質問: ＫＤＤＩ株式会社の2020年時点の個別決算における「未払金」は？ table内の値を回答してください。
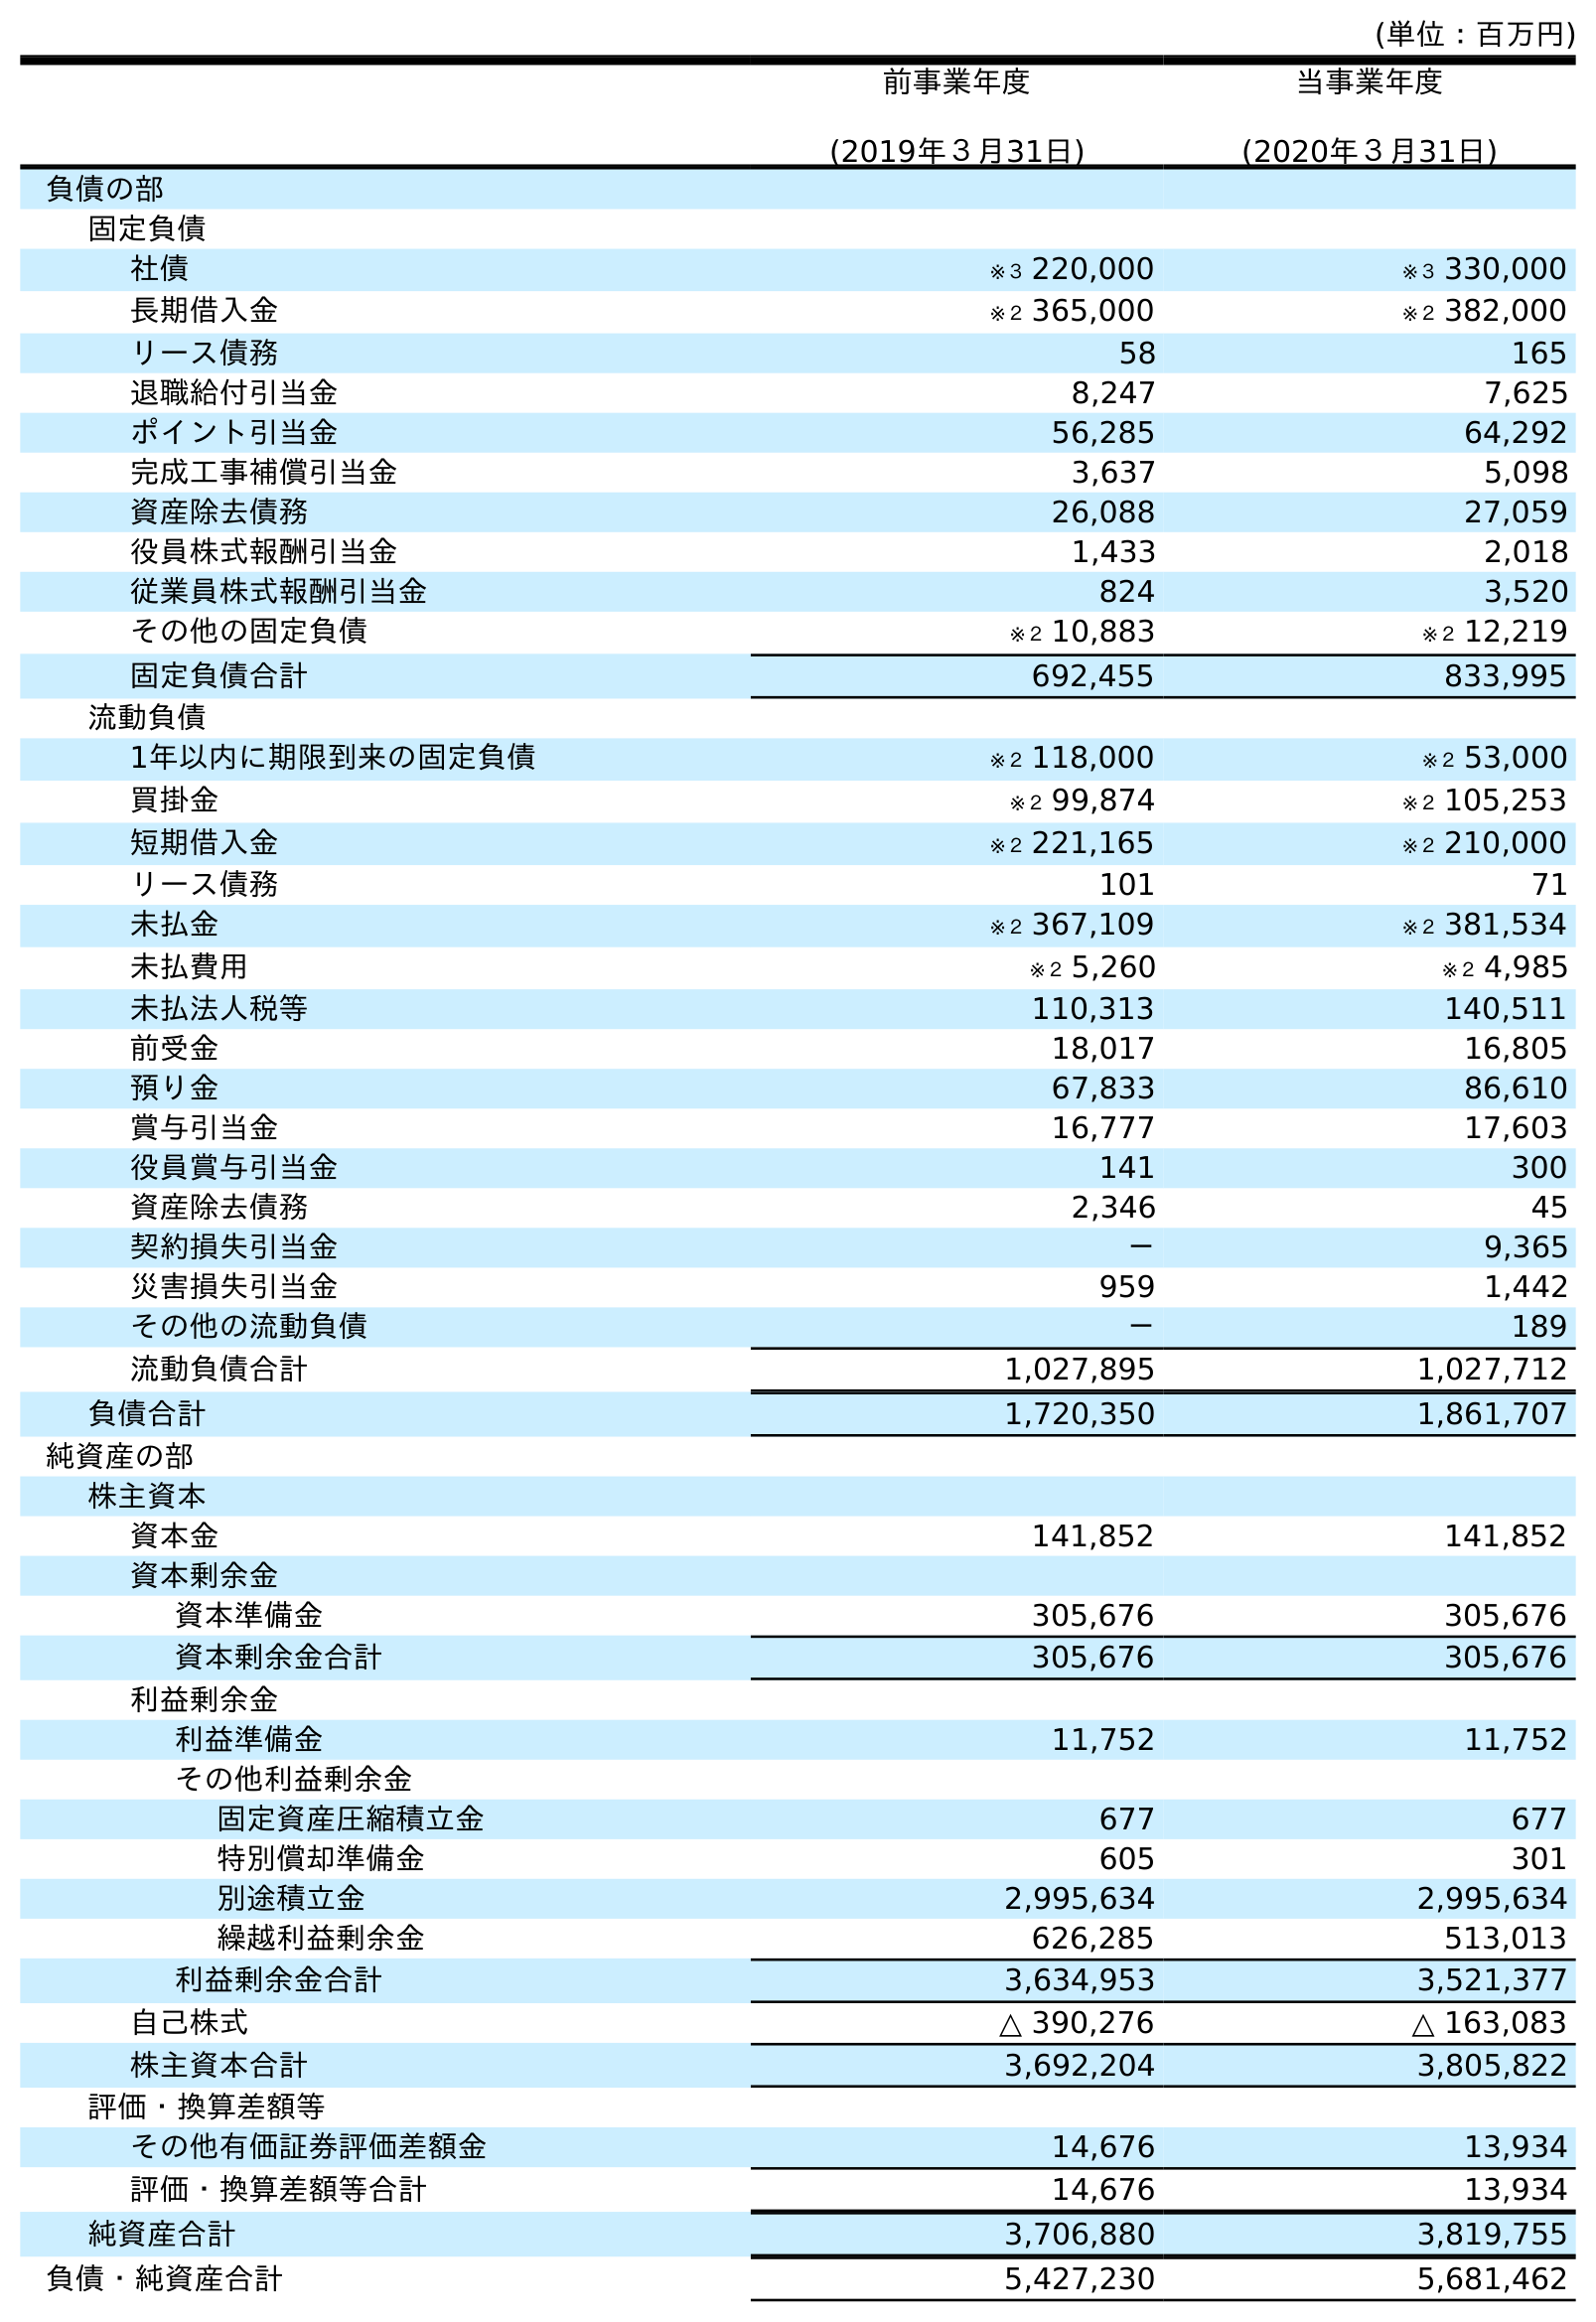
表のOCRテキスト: (単位：百万円) 前事業年度 (2019年３月31日) 当事業年度 (2020年３月31日) 負債の部 固定負債 社債 ※３ 220,000 ※３ 330,000 長期借入金 ※２ 365,000 ※２ 382,000 リース債務 58 165 退職給付引当金 8,247 7,625 ポイント引当金 56,285 64,292 完成工事補償引当金 3,637 5,098 資産除去債務 26,088 27,059 役員株式報酬引当金 1,433 2,018 従業員株式報酬引当金 824 3,520 その他の固定負債 ※２ 10,883 ※２ 12,219 固定負債合計 692,455 833,995 流動負債 1年以内に期限到来の固定負債 ※２ 118,000 ※２ 53,000 買掛金 ※２ 99,874 ※２ 105,253 短期借入金 ※２ 221,165 ※２ 210,000 リース債務 101 71 未払金 ※２ 367,109 ※２ 381,534 未払費用 ※２ 5,260 ※２ 4,985 未払法人税等 110,313 140,511 前受金 18,017 16,805 預り金 67,833 86,610 賞与引当金 16,777 17,603 役員賞与引当金 141 300 資産除去債務 2,346 45 契約損失引当金 － 9,365 災害損失引当金 959 1,442 その他の流動負債 － 189 流動負債合計 1,027,895 1,027,712 負債合計 1,720,350 1,861,707 純資産の部 株主資本 資本金 141,852 141,852 資本剰余金 資本準備金 305,676 305,676 資本剰余金合計 305,676 305,676 利益剰余金 利益準備金 11,752 11,752 その他利益剰余金 固定資産圧縮積立金 677 677 特別償却準備金 605 301 別途積立金 2,995,634 2,995,634 繰越利益剰余金 626,285 513,013 利益剰余金合計 3,634,953 3,521,377 自己株式 △ 390,276 △ 163,083 株主資本合計 3,692,204 3,805,822 評価・換算差額等 その他有価証券評価差額金 14,676 13,934 評価・換算差額等合計 14,676 13,934 純資産合計 3,706,880 3,819,755 負債・純資産合計 5,427,230 5,681,462
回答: ※２381,534